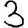
Digit: 3